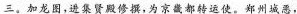
三。加龙图，进集贤殿修撰，为京畿都转运使。郑州城恶，